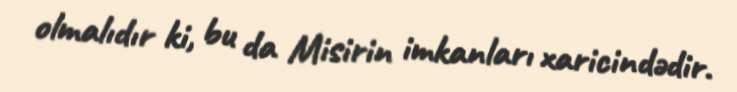
olmalıdır ki, bu da Misirin imkanları xaricindədir.